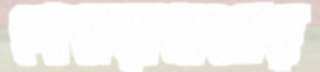
গোলরাবাজার